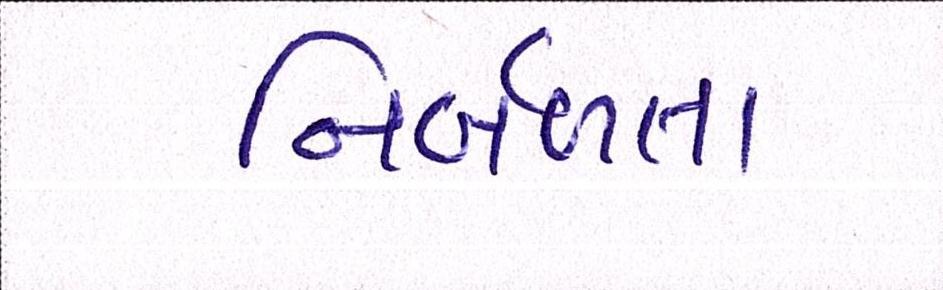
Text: નિર્બળતા